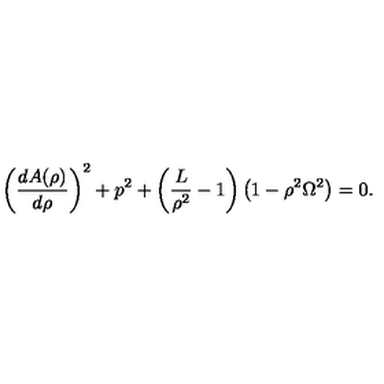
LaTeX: \left( { { \frac { d { A ( \rho ) } } { d \rho } } } \right) ^ { 2 } + p ^ { 2 } + \left( { \frac { L } { { \rho } ^ { 2 } } } - 1 \right) \left( 1 - { \rho } ^ { 2 } { \Omega } ^ { 2 } \right) = 0 .